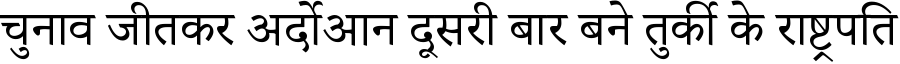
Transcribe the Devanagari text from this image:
चुनाव जीतकर अर्दोआन दूसरी बार बने तुर्की के राष्ट्रपति